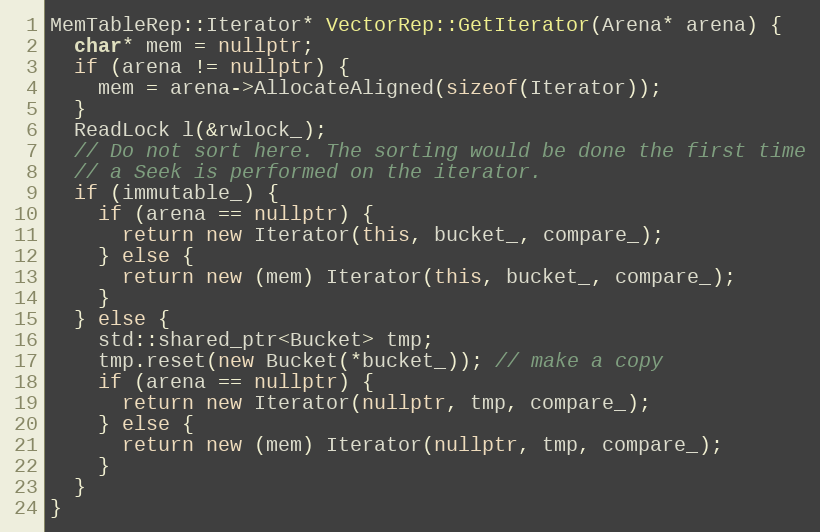
Language: C++
MemTableRep::Iterator* VectorRep::GetIterator(Arena* arena) {
  char* mem = nullptr;
  if (arena != nullptr) {
    mem = arena->AllocateAligned(sizeof(Iterator));
  }
  ReadLock l(&rwlock_);
  // Do not sort here. The sorting would be done the first time
  // a Seek is performed on the iterator.
  if (immutable_) {
    if (arena == nullptr) {
      return new Iterator(this, bucket_, compare_);
    } else {
      return new (mem) Iterator(this, bucket_, compare_);
    }
  } else {
    std::shared_ptr<Bucket> tmp;
    tmp.reset(new Bucket(*bucket_)); // make a copy
    if (arena == nullptr) {
      return new Iterator(nullptr, tmp, compare_);
    } else {
      return new (mem) Iterator(nullptr, tmp, compare_);
    }
  }
}